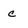
Character: c